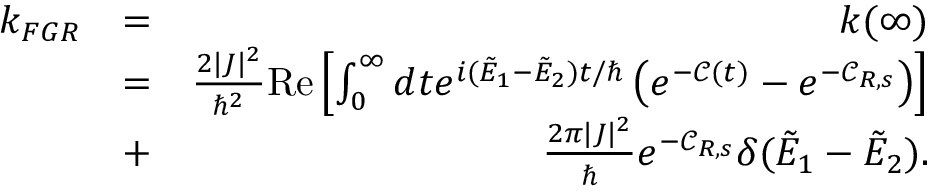
\begin{array} { r l r } { k _ { F G R } } & { = } & { k ( \infty ) } \\ & { = } & { \frac { 2 | J | ^ { 2 } } { \hbar ^ { 2 } } \mathrm { R e } \left[ \int _ { 0 } ^ { \infty } d t e ^ { i ( \tilde { E } _ { 1 } - \tilde { E } _ { 2 } ) t / \hbar } \left( e ^ { - { \mathcal C } ( t ) } - e ^ { - { \mathcal C } _ { R , s } } \right) \right] } \\ & { + } & { \frac { 2 \pi | J | ^ { 2 } } { \hbar } e ^ { - { \mathcal C } _ { R , s } } \delta ( \tilde { E } _ { 1 } - \tilde { E } _ { 2 } ) . } \end{array}